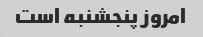
امروز پنجشنبه است